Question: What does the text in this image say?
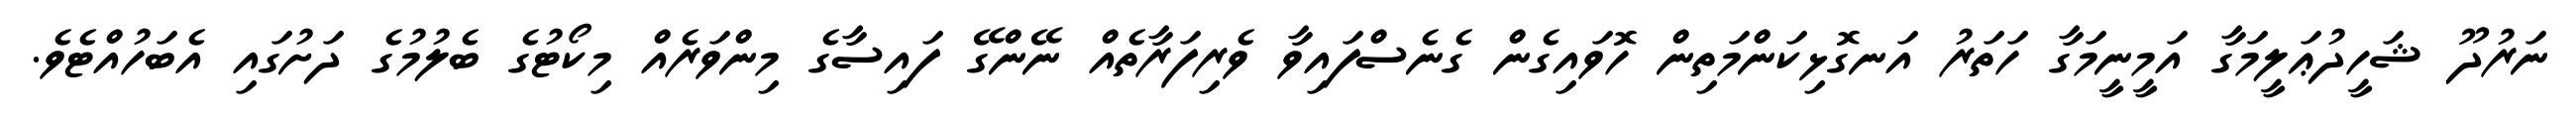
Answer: ނަރުދޫ ޝަހީދުޢަލީމަގާ އަމީނީމަގާ ހަތަރު އަނގޮޅިކަންމަތިން ހޮވައިގެން ގެނެސްފައިވާ ވެރިފަރާތެއް ނޭންގޭ ފައިސާގެ މިންވަރެއް މިކޯޓުގެ ބެލުމުގެ ދަށުގައި އެބަހުއްޓެވެ.